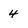
Character: 4